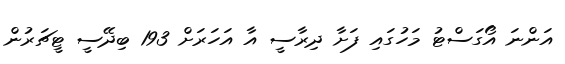
އަންނަ އޯގަސްޓު މަހުގައި ފަށާ ދިރާސީ އާ އަހަރަށް 193 ބިދޭސީ ޓީޗަރުން